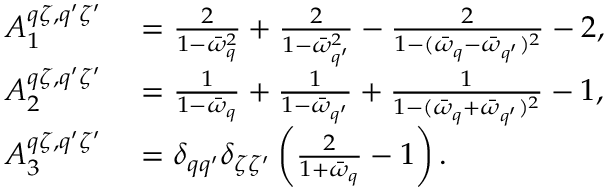
\begin{array} { r l } { A _ { 1 } ^ { q \zeta , q ^ { \prime } \zeta ^ { \prime } } } & { { } = \frac { 2 } { 1 - \bar { \omega } _ { q } ^ { 2 } } + \frac { 2 } { 1 - \bar { \omega } _ { q ^ { \prime } } ^ { 2 } } - \frac { 2 } { 1 - ( \bar { \omega } _ { q } - \bar { \omega } _ { q ^ { \prime } } ) ^ { 2 } } - 2 , } \\ { A _ { 2 } ^ { q \zeta , q ^ { \prime } \zeta ^ { \prime } } } & { { } = \frac { 1 } { 1 - \bar { \omega } _ { q } } + \frac { 1 } { 1 - \bar { \omega } _ { q ^ { \prime } } } + \frac { 1 } { 1 - ( \bar { \omega } _ { q } + \bar { \omega } _ { q ^ { \prime } } ) ^ { 2 } } - 1 , } \\ { A _ { 3 } ^ { q \zeta , q ^ { \prime } \zeta ^ { \prime } } } & { { } = \delta _ { q q ^ { \prime } } \delta _ { \zeta \zeta ^ { \prime } } \left( \frac { 2 } { 1 + \bar { \omega } _ { q } } - 1 \right) . } \end{array}